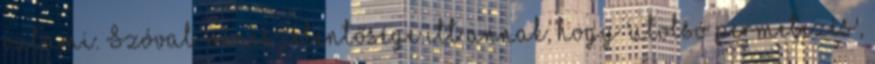
valami. Szóval, nincs jelentősége itt annak, hogy 'utolsó permetezés',